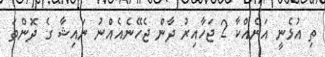
ތި އުޅެނީ އަނެއްކާ 2 ޖަހާއިރު ދާން ޖެހޭނެއެއްނު ނައިޝާ ގެ ދޮންތަ